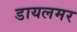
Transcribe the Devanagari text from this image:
डायलमर